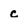
Character: c